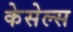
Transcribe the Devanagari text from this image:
केसेल्स